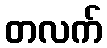
တလက်